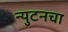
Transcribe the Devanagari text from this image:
न्युटनचा